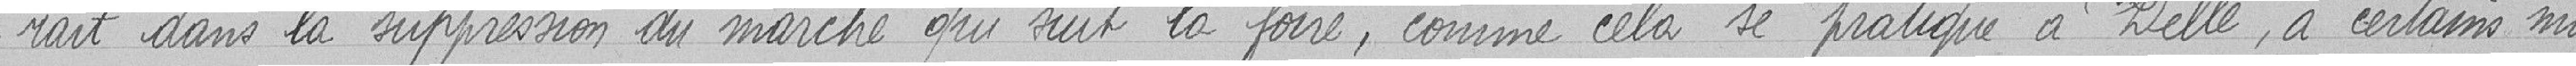
rait dans la suppression du marché qui suit la foire, comme cela se pratique à Delle, à certains mo-